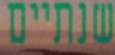
שנתיים